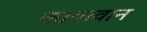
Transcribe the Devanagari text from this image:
कायावान